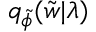
q _ { \Tilde { \phi } } ( \Tilde { w } | \lambda )